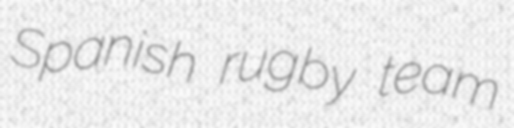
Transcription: Spanish rugby team